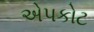
એપકોટ